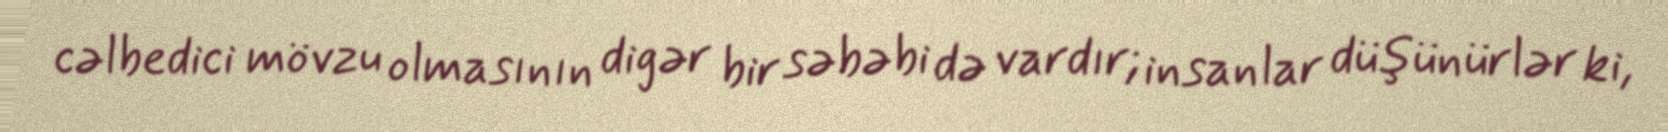
cəlbedici mövzu olmasının digər bir səbəbi də vardır; insanlar düşünürlər ki,